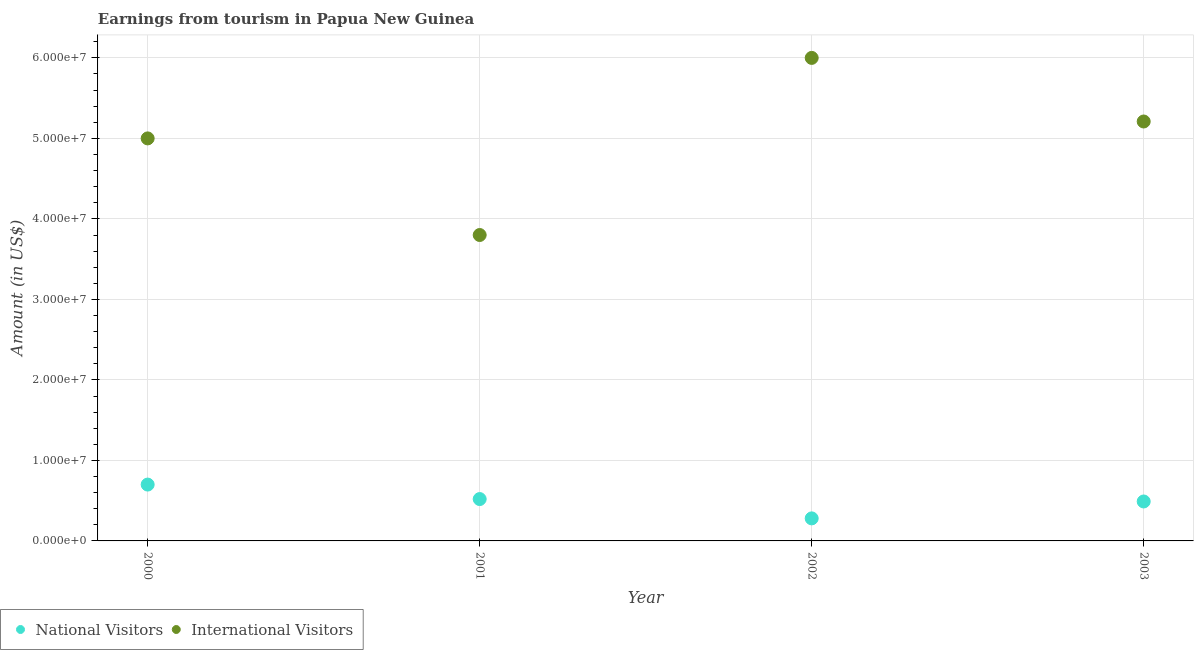
| Year | National Visitors | International Visitors |
 | --- | --- | --- |
 | 2000 | 7e+06 | 5e+07 |
 | 2001 | 5.2e+06 | 3.8e+07 |
 | 2002 | 2.8e+06 | 6e+07 |
 | 2003 | 4.9e+06 | 5.21e+07 |